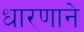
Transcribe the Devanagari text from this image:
धारणाने